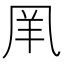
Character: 𠙌